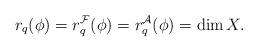
LaTeX: \begin{align*}r_q(\phi)=r_q^{\mathcal F}(\phi)=r_q^{\mathcal A}(\phi)=\dim X.\end{align*}